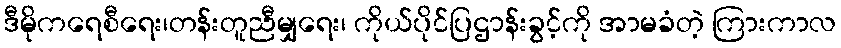
ဒီမိုကရေစီရေး၊တန်းတူညီမျှရေး၊ ကိုယ်ပိုင်ပြဌာန်းခွင့်ကို အာမခံတဲ့ ကြားကာလ